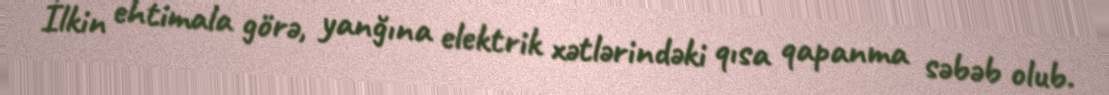
İlkin ehtimala görə, yanğına elektrik xətlərindəki qısa qapanma səbəb olub.